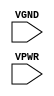
/*
 * Copyright 2020 The SkyWater PDK Authors
 *
 * Licensed under the Apache License, Version 2.0 (the "License");
 * you may not use this file except in compliance with the License.
 * You may obtain a copy of the License at
 *
 *     https://www.apache.org/licenses/LICENSE-2.0
 *
 * Unless required by applicable law or agreed to in writing, software
 * distributed under the License is distributed on an "AS IS" BASIS,
 * WITHOUT WARRANTIES OR CONDITIONS OF ANY KIND, either express or implied.
 * See the License for the specific language governing permissions and
 * limitations under the License.
 *
 * SPDX-License-Identifier: Apache-2.0
*/


`ifndef SKY130_FD_SC_HS__TAPVGND2_FUNCTIONAL_PP_V
`define SKY130_FD_SC_HS__TAPVGND2_FUNCTIONAL_PP_V

/**
 * tapvgnd2: Tap cell with tap to ground, isolated power connection 2
 *           rows down.
 *
 * Verilog simulation functional model.
 */

`timescale 1ns / 1ps
`default_nettype none

`celldefine
module sky130_fd_sc_hs__tapvgnd2 (
    VGND,
    VPWR
);

    // Module ports
    input VGND;
    input VPWR;
     // No contents.
endmodule
`endcelldefine

`default_nettype wire
`endif  // SKY130_FD_SC_HS__TAPVGND2_FUNCTIONAL_PP_V